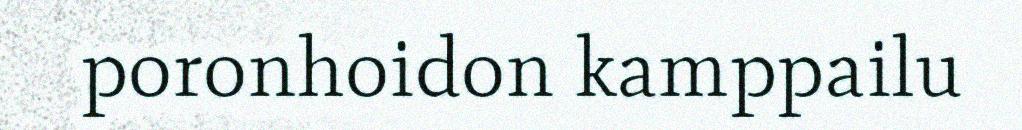
poronhoidon kamppailu